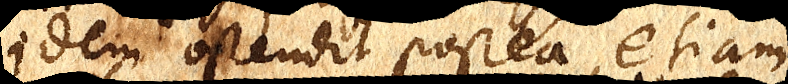
idem ostendit postea, etiam